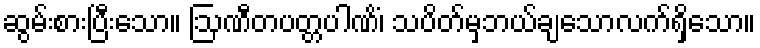
ဆွမ်းစားပြီးသော။ ဩဏီတပတ္တပါဏိံ၊ သပိတ်မှဘယ်ချသောလက်ရှိသော။